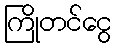
ကြိုတင်ငွေ